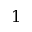
1